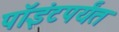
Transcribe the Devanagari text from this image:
पॉइंटपर्यंत